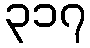
၃၁၇